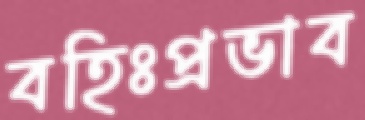
বহিঃপ্রভাব